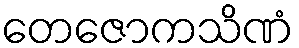
တေဇောကသိဏံ